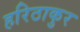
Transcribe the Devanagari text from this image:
हरिठाकुर